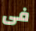
فى